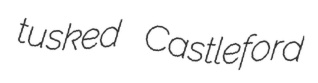
tusked Castleford